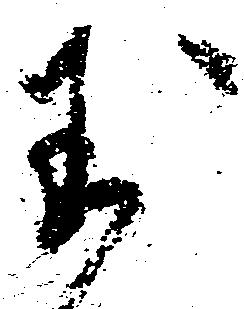
玉